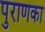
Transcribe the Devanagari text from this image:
पुराणका